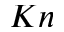
K n